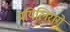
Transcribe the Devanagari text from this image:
मयिलिरागे